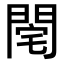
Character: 𨴥